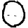
Digit: 0